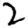
Digit: 2